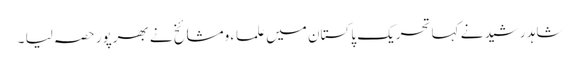
شاہد رشید نے کہا تحریک پاکستان میں علماء ومشائخ نے بھرپور حصہ لیا ۔